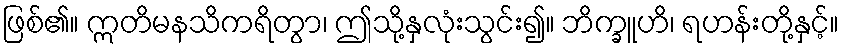
ဖြစ်၏။ ဣတိမနသိကရိတွာ၊ ဤသို့နှလုံးသွင်း၍။ ဘိက္ခူဟိ၊ ရဟန်းတို့နှင့်။